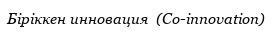
Біріккен инновация  (Co-innovation)